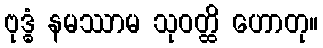
ဗုဒ္ဓံ နမဿာမ သုဝတ္ထိ ဟောတု။